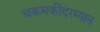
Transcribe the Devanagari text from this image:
चकमकीदरम्यान